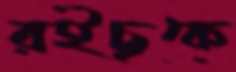
রইছকে